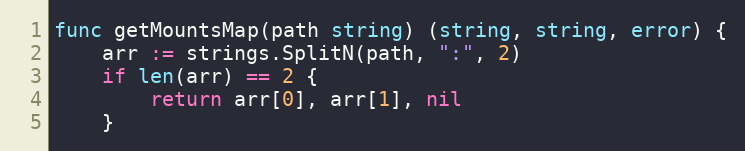
Language: Go
func getMountsMap(path string) (string, string, error) {
	arr := strings.SplitN(path, ":", 2)
	if len(arr) == 2 {
		return arr[0], arr[1], nil
	}